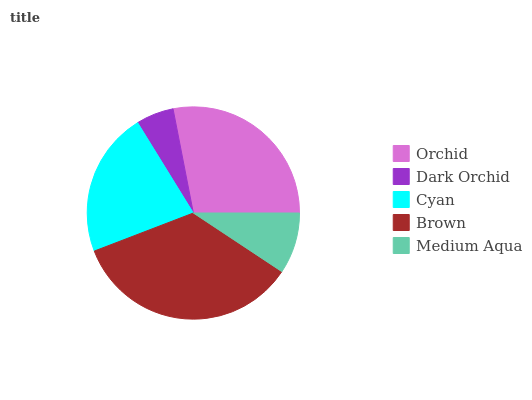
| Orchid | Dark Orchid | Cyan | Brown | Medium Aqua |
 | --- | --- | --- | --- | --- |
 | 28% | 5.74% | 22% | 34.9% | 9.32% |